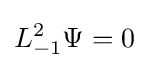
L_{-1}^{2}\Psi =0